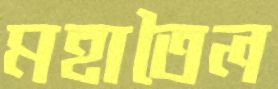
মহাতৈল